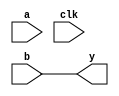
module top(a, b, y, clk);
	input [3:0] a, b, clk;
	output wire [3:0]y;

	assign y = b;

endmodule